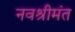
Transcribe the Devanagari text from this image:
नवश्रीमंत